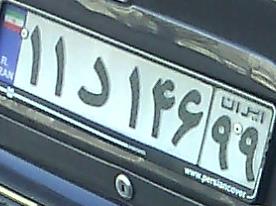
۱۱د۱۴۶۹۹